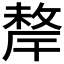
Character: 𢿂